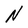
Character: N